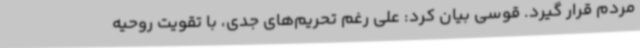
مردم قرار گیرد. قوسی بیان کرد: علی رغم تحریم‌های جدی، با تقویت روحیه